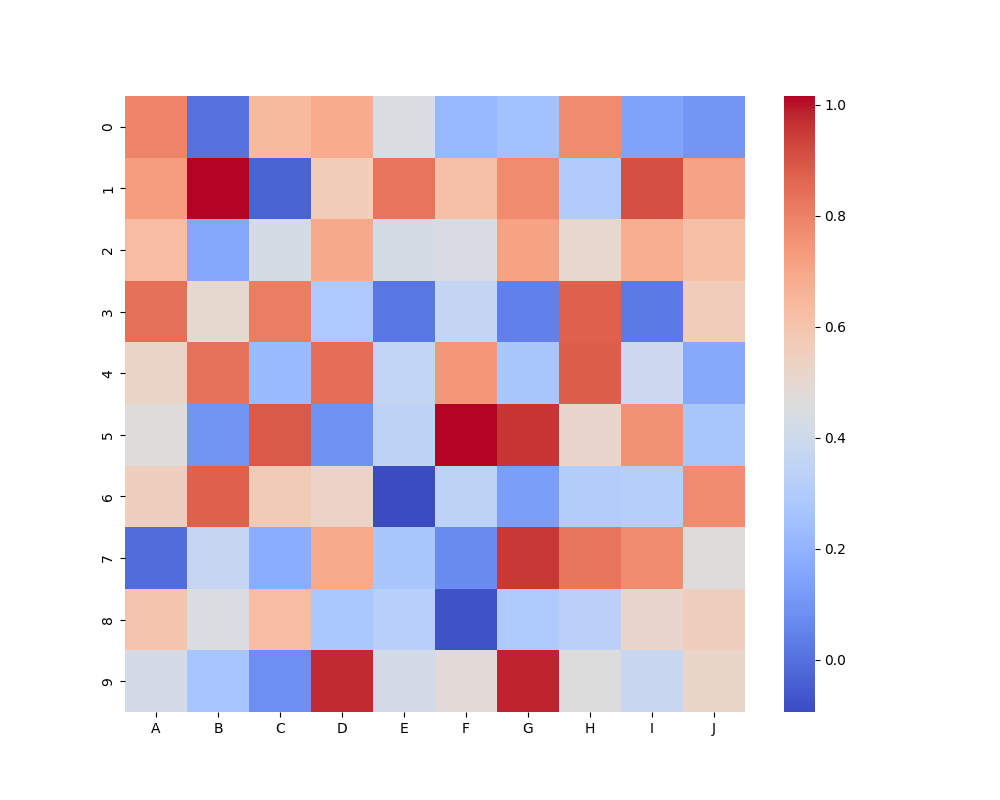
python, seaborn, heatmap, cmap='coolwarm', linewidths=0.0, center=none